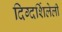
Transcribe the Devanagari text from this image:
दिग्दर्शिलेली